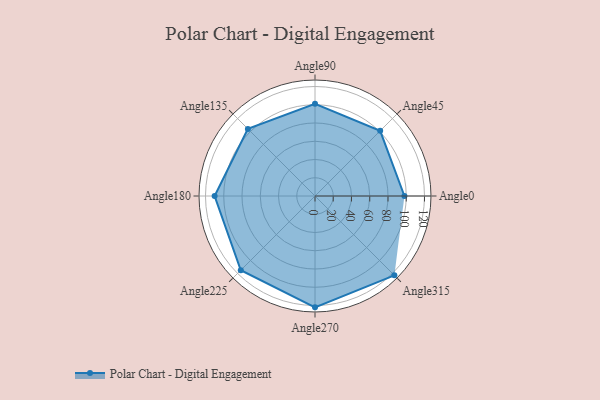
{"axis": {"x": "Angle", "y": "Radius"}, "legend": [""], "data": [{"x": "Angle0", "y": 98.0, "type": ""}, {"x": "Angle45", "y": 101.0, "type": ""}, {"x": "Angle90", "y": 101.0, "type": ""}, {"x": "Angle135", "y": 104.0, "type": ""}, {"x": "Angle180", "y": 110.0, "type": ""}, {"x": "Angle225", "y": 115.0, "type": ""}, {"x": "Angle270", "y": 122.0, "type": ""}, {"x": "Angle315", "y": 123.0, "type": ""}]}